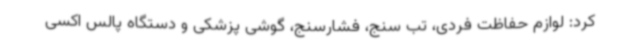
کرد: لوازم حفاظت فردی، تب سنج، فشارسنج، گوشی پزشکی و دستگاه پالس اکسی